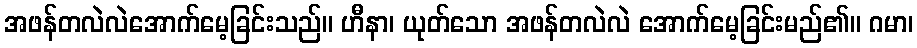
အဖန်တလဲလဲအောက်မေ့ခြင်းသည်။ ဟီနာ၊ ယုတ်သော အဖန်တလဲလဲ အောက်မေ့ခြင်းမည်၏။ ဂမာ၊